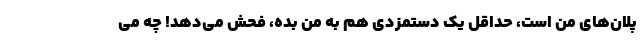
پلان‌های من است، حداقل یک دستمزدی هم به من بده، فحش می‌دهد! چه می